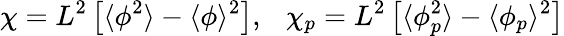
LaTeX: \chi=L^{2}\left[\langle\phi^{2}\rangle-\langle\phi\rangle^{2}\right],\ \ \ \chi_{p}=L^{2}\left[\langle\phi_{p}^{2}\rangle-\langle\phi_{p}\rangle^{2}\right]